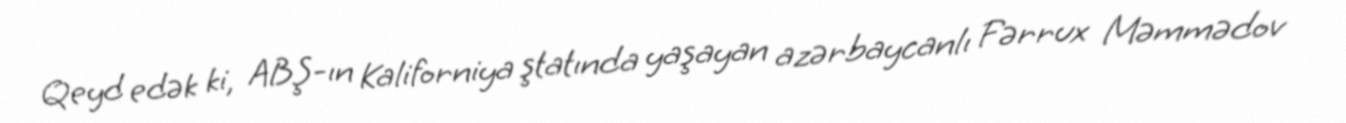
Qeyd edək ki, ABŞ-ın Kaliforniya ştatında yaşayan azərbaycanlı Fərrux Məmmədov